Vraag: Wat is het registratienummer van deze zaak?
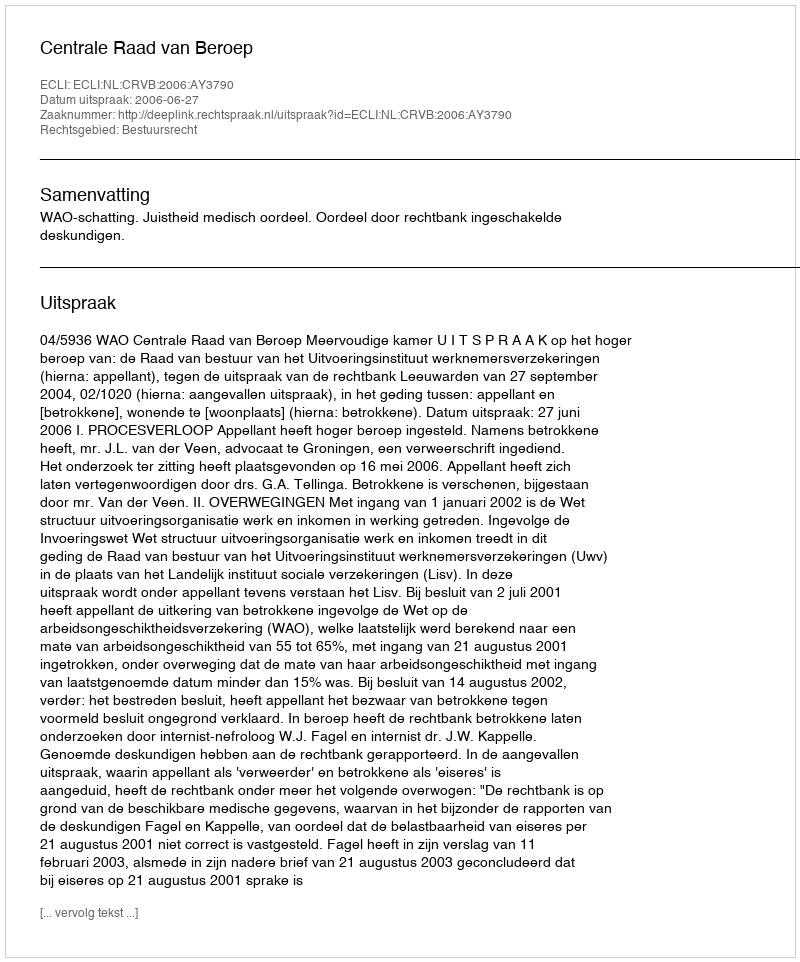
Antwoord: http://deeplink.rechtspraak.nl/uitspraak?id=ECLI:NL:CRVB:2006:AY3790